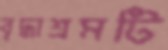
বৃদ্ধাশ্রমটি